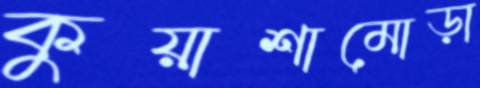
কুয়াশামোড়া